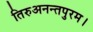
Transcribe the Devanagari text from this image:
तिरुअनन्तपुरम।